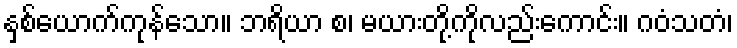
နှစ်ယောက်ကုန်သော။ ဘရိယာ စ၊ မယားတို့ကိုလည်းကောင်း။ ဂဝံသတံ၊